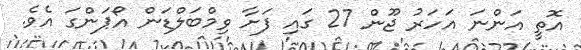
އޮތީ އަންނަ އަހަރު ޖޫން 27 ގައި ފަށާ ވިމްބަލްޑަން އޯޕަންގަ އެވެ.